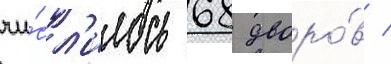
чи́сл'илось 68 дворо́в /